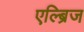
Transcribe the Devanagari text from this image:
एल्ब्रिज